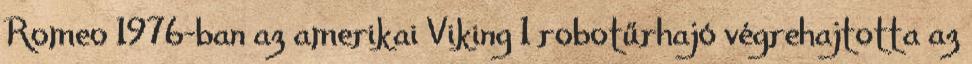
Romeo 1976-ban az amerikai Viking 1 robotűrhajó végrehajtotta az